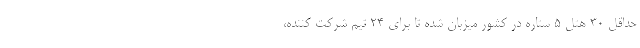
حداقل 30 هتل 5 ستاره در کشور میزبان شده تا براى ٢٤ تیم شرکت کننده،